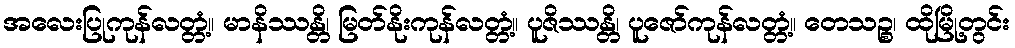
အလေးပြုကုန်လတ္တံ့။ မာနိဿန္တိ၊ မြတ်နိုးကုန်လတ္တံ့။ ပူဇိဿန္တိ၊ ပူဇော်ကုန်လတ္တံ့။ တေသဉ္စ၊ ထိုမြို့တွင်း